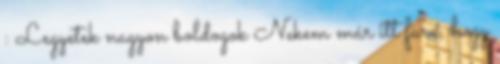
: Legyetek nagyon boldogok Nekem már itt fura, hogy